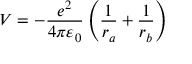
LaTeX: V = - { \frac { e ^ { 2 } } { 4 \pi \varepsilon _ { 0 } } } \left( { \frac { 1 } { r _ { a } } } + { \frac { 1 } { r _ { b } } } \right)